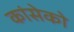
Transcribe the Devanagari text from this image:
कांसेको